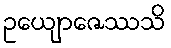
ဥယျောဇေဿသိ